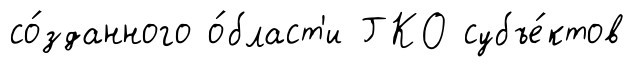
со́зданного о́бласт'и ГКО субъе́ктов